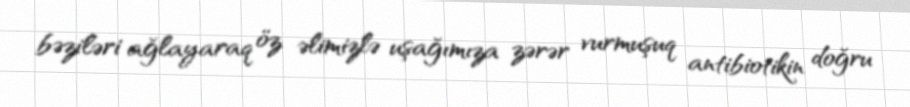
bəziləri ağlayaraq öz əlimizlə uşağımıza zərər vurmuşuq antibiotikin doğru